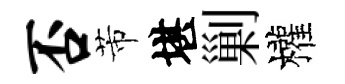
否芾堪剿權